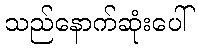
သည်နောက်ဆုံးပေါ်